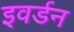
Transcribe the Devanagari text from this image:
इवर्डन